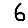
Digit: 6